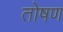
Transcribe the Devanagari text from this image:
तोषण